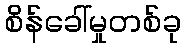
စိန်ခေါ်မှုတစ်ခု